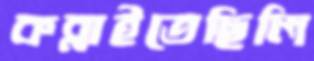
কব্‌লাইতেছিলি